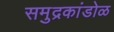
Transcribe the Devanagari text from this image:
समुद्रकांडोळ